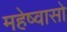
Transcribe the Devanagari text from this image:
महेष्वासो